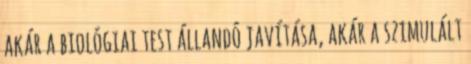
akár a biológiai test állandó javítása, akár a szimulált